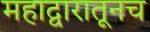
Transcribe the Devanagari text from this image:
महाद्वारातूनच